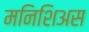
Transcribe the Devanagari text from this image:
मनिशिअस